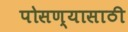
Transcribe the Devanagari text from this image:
पोसण्यासाठी